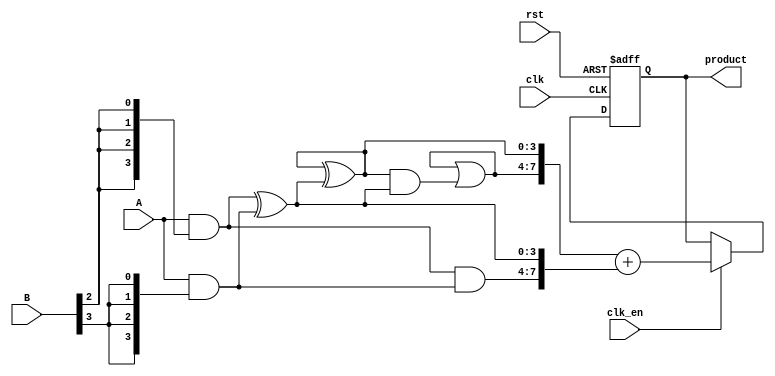
module WallaceTreeMultiplier #(parameter N = 4) (
    input [N-1:0] A,
    input [N-1:0] B,
    input clk,
    input rst,
    input clk_en,
    output reg [2*N-1:0] product
);
    // Partial products
    wire [N-1:0] pp [0:N-1]; // Partial products
    genvar i, j;
    
    // Generate partial products
    generate
        for (i = 0; i < N; i = i + 1) begin : pp_gen
            assign pp[i] = A & {N{B[i]}};
        end
    endgenerate

    // Wallace tree reduction
    wire [N-1:0] sum [0:N-1];
    wire [N-1:0] carry [0:N-1];
    wire [N-1:0] temp_sum, temp_carry;

    // Stage 1: Combine the first two rows of partial products
    generate
        for (i = 0; i < N-1; i = i + 1) begin : stage1
            if (i % 2 == 0) begin
                assign sum[i/2] = pp[i] ^ pp[i+1];
                assign carry[i/2] = pp[i] & pp[i+1];
            end
        end
    endgenerate

    // Stage 2 and beyond: Continue combining rows
    genvar stage;
    for (stage = 1; stage < N; stage = stage + 1) begin : reduction_stages
        generate
            for (i = 0; i < (N >> stage); i = i + 1) begin : reduce
                if (i % 2 == 0) begin
                    assign temp_sum = sum[i] ^ sum[i+1];
                    assign temp_carry = carry[i] | (sum[i] & sum[i+1]);
                    assign sum[i/2] = temp_sum;
                    assign carry[i/2] = temp_carry;
                end
            end
        endgenerate
    end

    // Final addition of last two rows
    wire [2*N-1:0] final_sum;
    wire [2*N-1:0] final_carry;
    
    assign final_sum = {carry[0], sum[0]} + {carry[1], sum[1]};

    // Output product
    always @(posedge clk or posedge rst) begin
        if (rst) begin
            product <= 0;
        end else if (clk_en) begin
            product <= final_sum;
        end
    end

endmodule